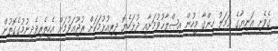
ގެވެށި އަނިޔާގެ ޢަމަލު ހިންގާ މީހުން އިޞްލާޙުވުމަށާއި ދުޅަހެޔޮ ދިރިއުޅުމަކަށް ރުޖޫޢަވުމަށް އެހީތެރިވެދިނުމުގެގޮތުން